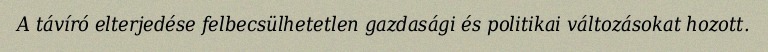
A távíró elterjedése felbecsülhetetlen gazdasági és politikai változásokat hozott.